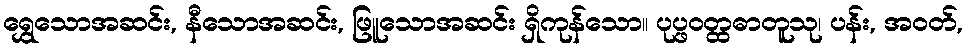
ရွှေသောအဆင်း, နီသောအဆင်း, ဖြူသောအဆင်း ရှိကုန်သော။ ပုပ္ဖဝတ္ထဓာတူသု၊ ပန်း, အဝတ်,